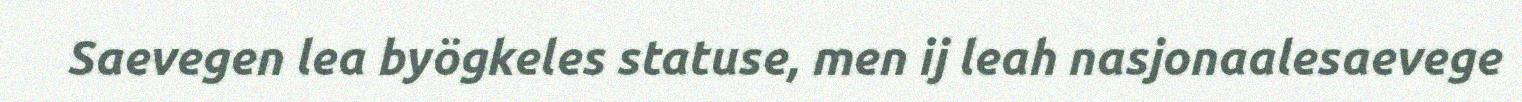
Saevegen lea byögkeles statuse, men ij leah nasjonaalesaevege